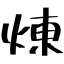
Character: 煉